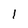
Character: 1